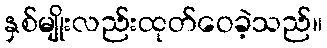
နှစ်မျိုးလည်းထုတ်ဝေခဲ့သည်။